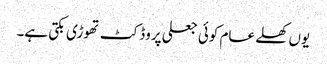
یوں کھلے عام کوئی جعلی پروڈکٹ تھوڑی بکتی ہے۔